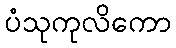
ပံသုကုလိကော